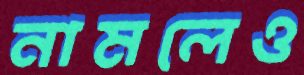
নামলেও